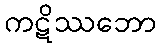
ကဋိဿဘော